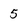
Character: 5